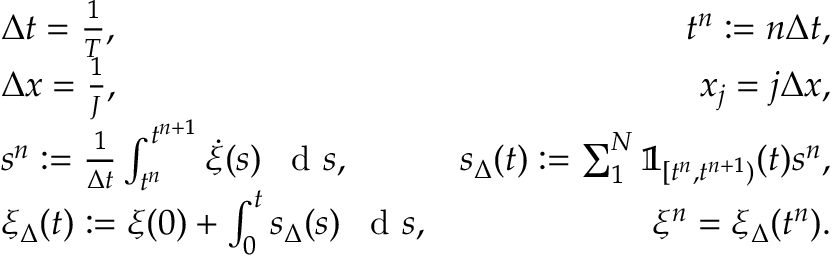
\begin{array} { r l r } & { \Delta t = \frac { 1 } { T } , } & { t ^ { n } : = n \Delta t , } \\ & { \Delta x = \frac { 1 } { J } , } & { x _ { j } = j \Delta x , } \\ & { s ^ { n } : = \frac { 1 } { \Delta t } \int _ { t ^ { n } } ^ { t ^ { n + 1 } } \dot { \xi } ( s ) \textrm { \, d } s , } & { s _ { \Delta } ( t ) : = \sum _ { 1 } ^ { N } \mathbb { 1 } _ { [ t ^ { n } , t ^ { n + 1 } ) } ( t ) s ^ { n } , } \\ & { \xi _ { \Delta } ( t ) : = \xi ( 0 ) + \int _ { 0 } ^ { t } s _ { \Delta } ( s ) \textrm { \, d } s , } & { \xi ^ { n } = \xi _ { \Delta } ( t ^ { n } ) . } \end{array}